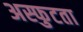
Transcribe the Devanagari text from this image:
अस्फुटता